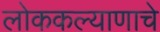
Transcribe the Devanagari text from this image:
लोककल्याणाचे